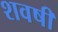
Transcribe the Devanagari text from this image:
शवषी